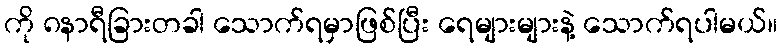
ကို ၈နာရီခြားတခါ သောက်ရမှာဖြစ်ပြီး ရေများများနဲ့ သောက်ရပါမယ်။